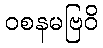
ဝစနမဗြဝိ